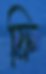
ফ্রি